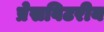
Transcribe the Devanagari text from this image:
प्रेसविटरीय